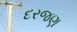
દરજણ